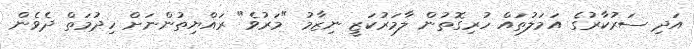
އަދި ސަރުކާރުގެ އަމަލުތައް ހުރިގޮތުން ލާމަރުކަޒީ ނިޒާމު "މަރުވެ" ރައްޔިތުންނަށް ހިދުމަތް ދެވެން